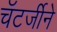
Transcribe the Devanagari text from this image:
चॅटर्जीने